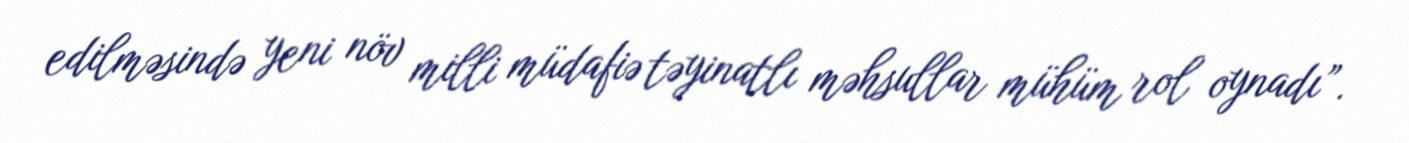
edilməsində yeni növ milli müdafiə təyinatlı məhsullar mühüm rol oynadı”.